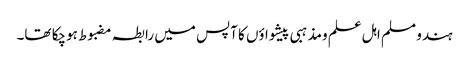
ہندو مسلم اہل علم ومذہبی پیشواؤں کا آپس میں رابطہ مضبوط ہوچکا تھا۔